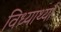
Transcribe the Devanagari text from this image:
विध्यार्थ्या